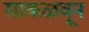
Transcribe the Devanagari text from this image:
साकळवून